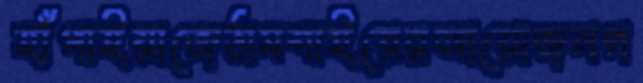
হাঁপাইয়াজেঠামশাইয়েরআয়োজনগ